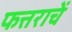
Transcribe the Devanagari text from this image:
फत्तराचें